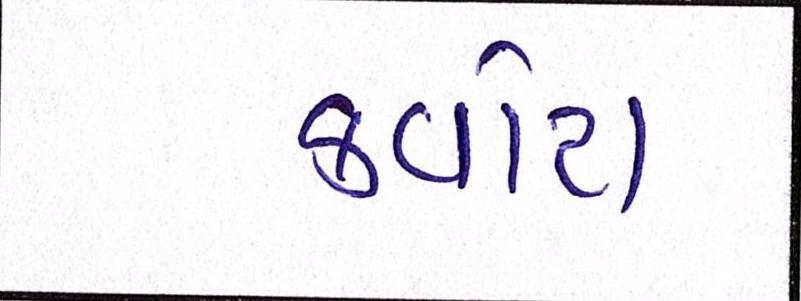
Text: ક્વોટા